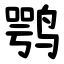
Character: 鹗